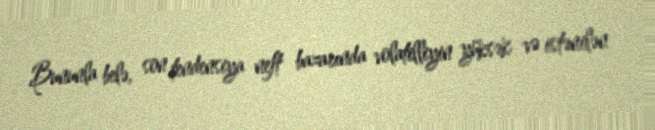
Bununla belə, son tendensiya neft bazarında volatilliyin yüksək və istənilən